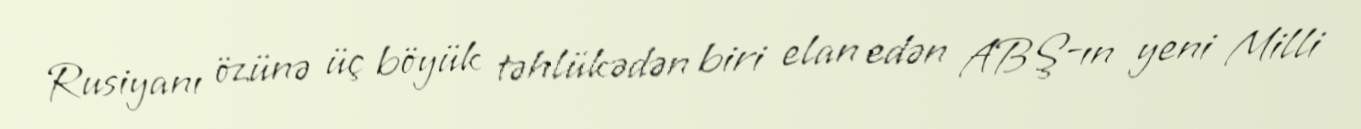
Rusiyanı özünə üç böyük təhlükədən biri elan edən ABŞ-ın yeni Milli